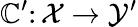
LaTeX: \mathbb{C}^{\prime}\colon\mathcal{{X}}\rightarrow\mathcal{{Y}}^{\prime}